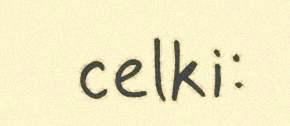
celki: